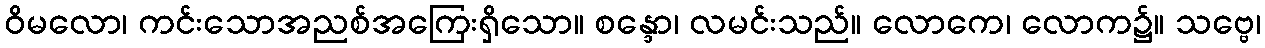
ဝိမလော၊ ကင်းသောအညစ်အကြေးရှိသော။ စန္ဒော၊ လမင်းသည်။ လောကေ၊ လောက၌။ သဗ္ဗေ၊